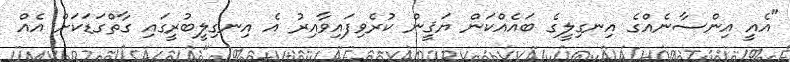
"އެއީ އިންސާނެއްގެ އިނގިލީގެ ބައެއްކަން ޔަޤީން ކުރެވިފައިވާއިރު އެ އިނގިލީބުރީގައި ގާތްގަޑަކަށް އެއް